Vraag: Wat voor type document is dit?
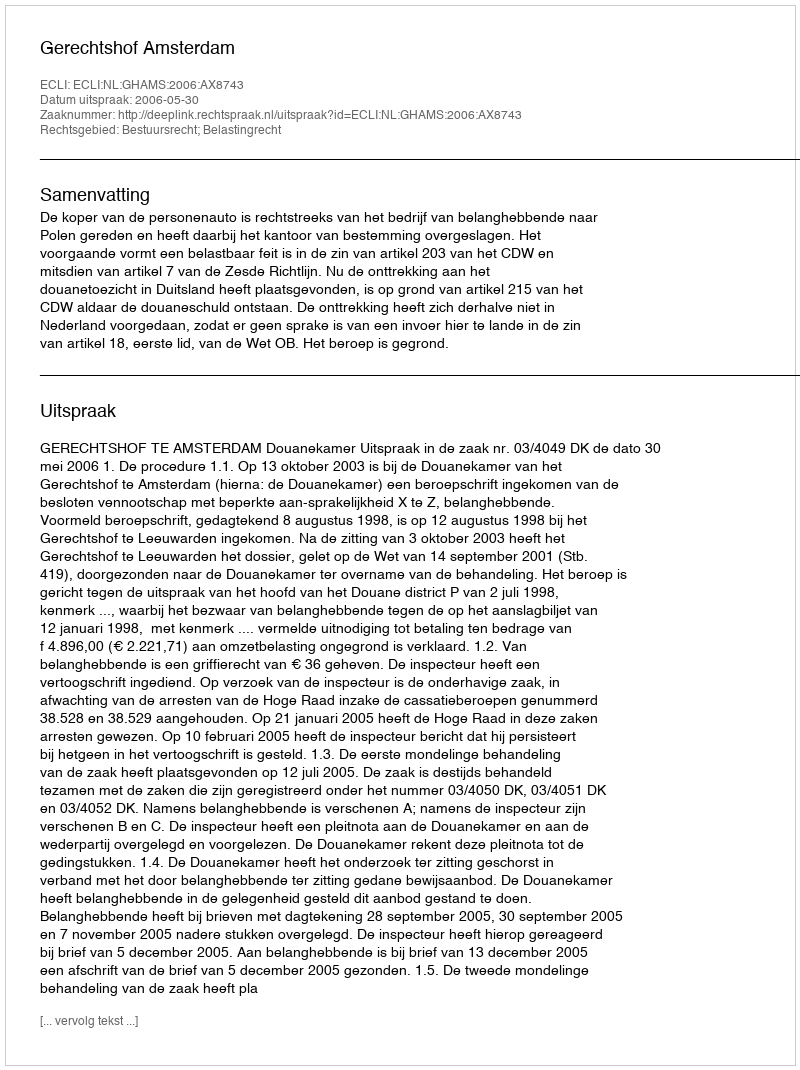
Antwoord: Uitspraak